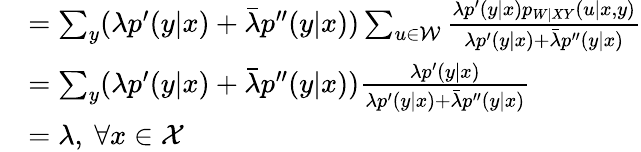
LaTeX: \begin{array}{rl}&{=\sum_{y}(\lambda p^{\prime}(y|x)+\bar{\lambda}p^{\prime\prime}(y|x))\sum_{u\in\mathcal{W}}\frac{\lambda p^{\prime}(y|x)p_{W|XY}(u|x,y)}{\lambda p^{\prime}(y|x)+\bar{\lambda}p^{\prime\prime}(y|x)}}\\ &{=\sum_{y}(\lambda p^{\prime}(y|x)+\bar{\lambda}p^{\prime\prime}(y|x))\frac{\lambda p^{\prime}(y|x)}{\lambda p^{\prime}(y|x)+\bar{\lambda}p^{\prime\prime}(y|x)}}\\ &{=\lambda,\ \forall x\in\mathcal{X}}\end{array}